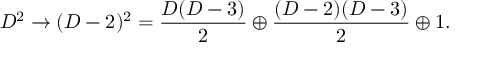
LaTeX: D ^ { 2 } \rightarrow ( D - 2 ) ^ { 2 } = { \frac { D ( D - 3 ) } { 2 } } \oplus { \frac { ( D - 2 ) ( D - 3 ) } { 2 } } \oplus 1 .